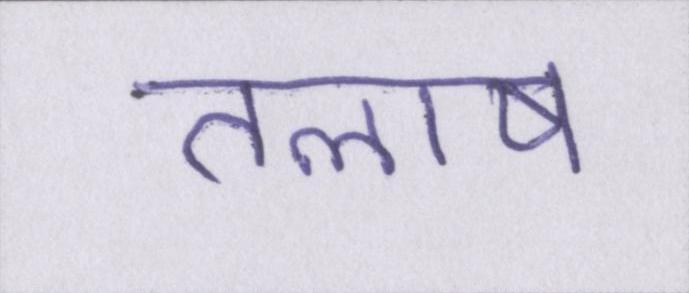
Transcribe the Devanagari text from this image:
तलाष